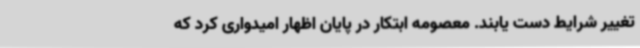
تغییر شرایط دست یابند. معصومه ابتکار در پایان اظهار امیدواری کرد که